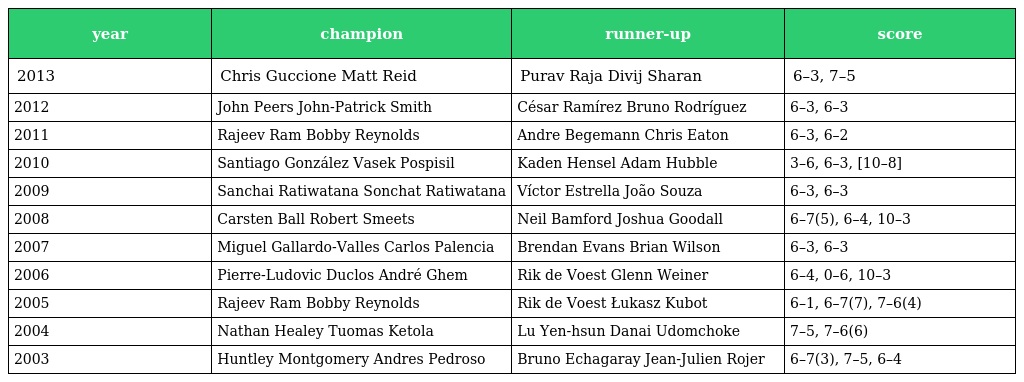
| year | champion | runner-up | score |
 | --- | --- | --- | --- |
 | 2013 | Chris Guccione Matt Reid | Purav Raja Divij Sharan | 6–3, 7–5 |
 | 2012 | John Peers John-Patrick Smith | César Ramírez Bruno Rodríguez | 6–3, 6–3 |
 | 2011 | Rajeev Ram Bobby Reynolds | Andre Begemann Chris Eaton | 6–3, 6–2 |
 | 2010 | Santiago González Vasek Pospisil | Kaden Hensel Adam Hubble | 3–6, 6–3, [10–8] |
 | 2009 | Sanchai Ratiwatana Sonchat Ratiwatana | Víctor Estrella João Souza | 6–3, 6–3 |
 | 2008 | Carsten Ball Robert Smeets | Neil Bamford Joshua Goodall | 6–7(5), 6–4, 10–3 |
 | 2007 | Miguel Gallardo-Valles Carlos Palencia | Brendan Evans Brian Wilson | 6–3, 6–3 |
 | 2006 | Pierre-Ludovic Duclos André Ghem | Rik de Voest Glenn Weiner | 6–4, 0–6, 10–3 |
 | 2005 | Rajeev Ram Bobby Reynolds | Rik de Voest Łukasz Kubot | 6–1, 6–7(7), 7–6(4) |
 | 2004 | Nathan Healey Tuomas Ketola | Lu Yen-hsun Danai Udomchoke | 7–5, 7–6(6) |
 | 2003 | Huntley Montgomery Andres Pedroso | Bruno Echagaray Jean-Julien Rojer | 6–7(3), 7–5, 6–4 |